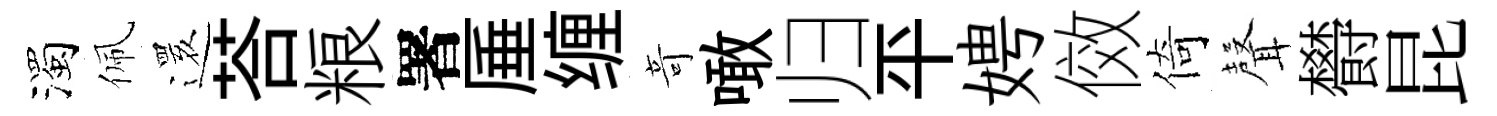
濁佩𮟃荅粮署厜缠竒噉归平娉傚倚𮋻欎昆